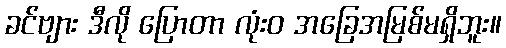
ခင်ဗျား ဒီလို ပြောတာ လုံးဝ အခြေအမြစ်မရှိဘူး။